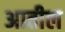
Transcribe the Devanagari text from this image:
अातील